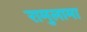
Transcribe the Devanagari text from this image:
रामुलामा